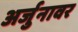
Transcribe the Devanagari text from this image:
अर्जुनावर